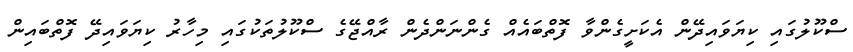
ސްކޫލުގައި ކިޔަވައިދޭން އެކަށީގެންވާ ފޮތްބައެއް ގެންނަންދެން ރާއްޖޭގެ ސްކޫލުތަކުގައި މިހާރު ކިޔަވައިދޭ ފޮތްބައިން